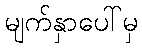
မျက်နှာပေါ်မှ